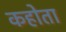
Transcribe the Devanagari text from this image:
कहोता